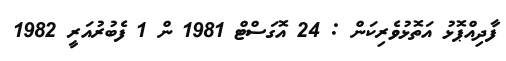
ފާދިއްޕޮޅު އަތޮޅުވެރިކަން : 24 އޮގަސްޓް 1981 ން 1 ފެބުރުއަރީ 1982